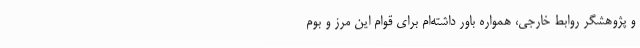
و پژوهشگر روابط خارجی، همواره باور داشته‌ام برای قوام این مرز و بوم